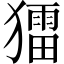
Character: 𤢗